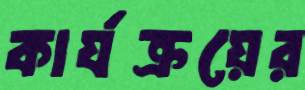
কার্যক্রয়ের